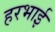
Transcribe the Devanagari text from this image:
हरभाई